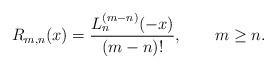
LaTeX: \begin{align*}R_{m,n}(x) =\frac {L_n^{(m-n)}(-x)}{(m-n)!},\qquad m\ge n.\end{align*}